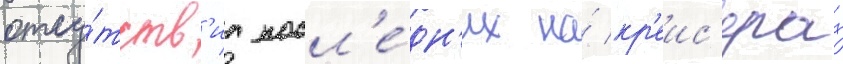
отсу́тств'иа посл'е́дн'их на́ кр'еис'ерах